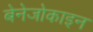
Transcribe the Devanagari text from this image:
बेनेजोकाइन